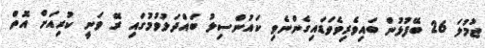
ޖުމުލަ 26 ބޭފުޅުން ބައިވެރިވެވަޑައިގެންނެވި ކައުންސިލު ބައްދަލުވުމުގައި ރޭ ވަނީ ކުރިއަށް އޮތް